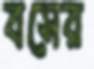
বসের